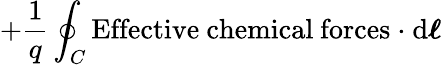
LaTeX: +{\frac{1}{q}}\oint_{C}\mathrm{Effective\ chemical\ forces\ \cdot}\ \mathrm{d}{\boldsymbol{\ell}}